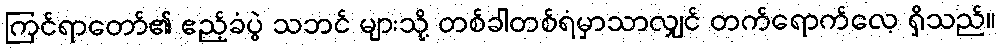
ကြင်ရာတော်၏ ဧည့်ခံပွဲ သဘင် များသို့ တစ်ခါတစ်ရံမှာသာလျှင် တက်ရောက်လေ့ ရှိသည်။